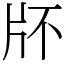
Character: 𤖯